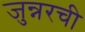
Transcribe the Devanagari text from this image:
जुन्नरची